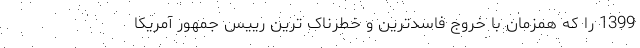
1399 را که همزمان با خروج فاسدترین و خطرناک ترین رییس جمهور آمریکا